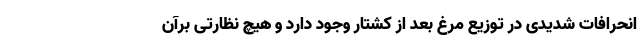
انحرافات شدیدی در توزیع مرغ بعد از کشتار وجود دارد و هیچ نظارتی برآن